Report on vaccination in the Province of Bengal - 1869-1873
Year: 1869
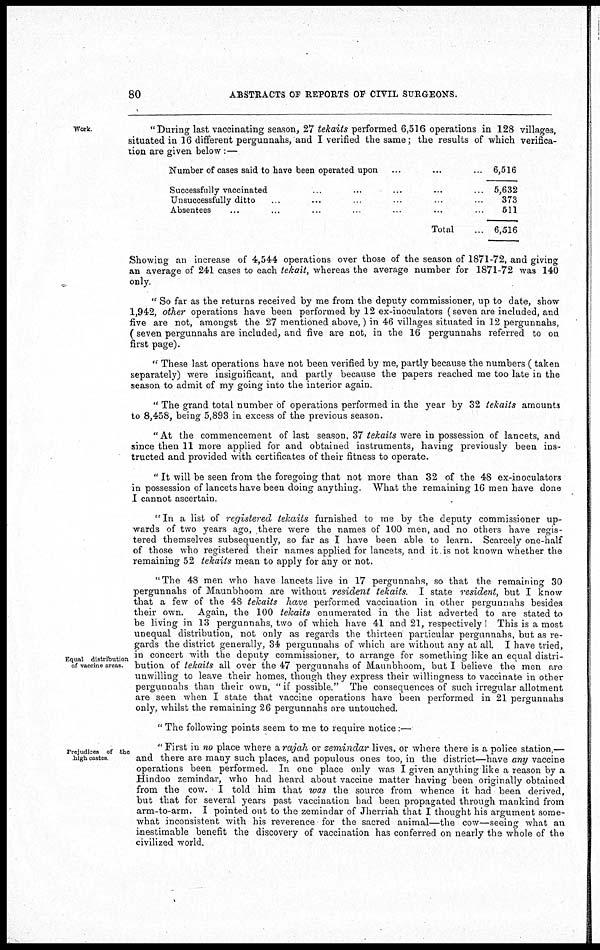
80
ABSTRACTS OF REPORTS OF CIVIL SURGEONS.
Work.
"During last vaccinating season, 27 tekaits performed 6,516 operations in 128 villages,
situated in 16 different pergunnahs, and I verified the same; the results of which verifica-
tion are given below :—
Number of cases said to have been operated upon ... ... ...
Successfully vaccinated ... ... ... ...
Unsuccessfully ditto ... ... ... ... ...
Absentees ... ... ... ... ... ... ...
Total ...
6,516
5,632
373
511
6,516
Showing an increase of 4,544 operations over those of the season of 1871-72, and giving
an average of 241 cases to each tekait, whereas the average number for 1871-72 was 140
only.
" So far as the returns received by me from the deputy commissioner, up to date, show
1,942, other operations have been performed by 12 ex-inoculators (seven are included, and
five are not, amongst the 27 mentioned above,) in 46 villages situated in 12 pergunnahs,
(seven pergunnahs are included, and five are not, in the 16 pergunnahs referred to on
first page).
" These last operations have not been verified by me, partly because the numbers (taken
separately) were insignificant, and partly because the papers reached me too late in the
season to admit of my going into the interior again.
" The grand total number of operations performed in the year by 32 tekaits amounts
to 8,458, being 5,893 in excess of the previous season.
" At the commencement of last season, 37 tekaits were in possession of lancets, and
since then 11 more applied for and obtained instruments, having previously been ins-
tructed and provided with certificates of their fitness to operate.
" It will be seen from the foregoing that not more than 32 of the 48 ex-inoculators
in possession of lancets have been doing anything. What the remaining 16 men have done
I cannot ascertain.
"In a list of registered tekaits furnished to me by the deputy commissioner up-
wards of two years ago, there were the names of 100 men, and no others have regis-
tered themselves subsequently, so far as I have been able to learn. Scarcely one-half
of those who registered their names applied for lancets, and it is not known whether the
remaining 52 tekaits mean to apply for any or not.
Equal distribution
of vaccine areas.
"The 48 men who have lancets live in 17 pergunnahs, so that the remaining 30
pergunnahs of Maunbhoom are without resident tekaits. I state resident, but I know
that a few of the 48 tekaits have performed vaccination in other pergunnahs besides
their own. Again, the 100 tekaits enumerated in the list adverted to are stated to
be living in 13 pergunnahs, two of which have 41 and 21, respectively! This is a most
unequal distribution, not only as regards the thirteen particular pergunnahs, but as re-
gards the district generally, 34 pergunnahs of which are without any at all. I have tried,
in concert with the deputy commissioner, to arrange for something like an equal distri-
bution of tekaits all over the 47 pergunnahs of Maunbhoom, but I believe the men are
unwilling to leave their homes, though they express their willingness to vaccinate in other
pergunnahs than their own, " if possible." The consequences of such irregular allotment
are seen when I state that vaccine operations have been performed in 21 pergunnahs
only, whilst the remaining 26 pergunnahs are untouched.
" The following points seem to me to require notice:—
Prejudices of the
-high castes.
" First in no place where a rajah or zemindar lives, or where there is a police station,—
and there are many such places, and populous ones too, in the district—have any vaccine
operations been performed. In one place only was I given anything like a reason by a
Hindoo zemindar, who had heard about vaccine matter having been originally obtained
from the cow. I told him that was the source from whence it had been derived,
but that for several years past vaccination had been propagated through mankind from
arm-to-arm. I pointed out to the zemindar of Jherriah that I thought his argument some-
what inconsistent with his reverence for the sacred animal—the cow—seeing what an
inestimable benefit the discovery of vaccination has conferred on nearly the whole of the
civilized world.